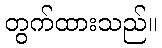
တွက်ထားသည်။